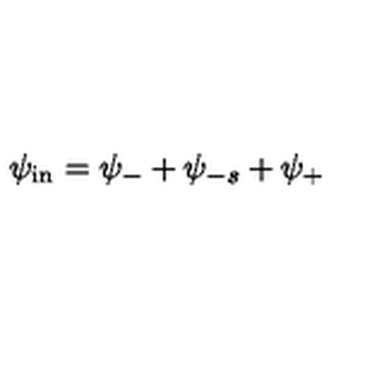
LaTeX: \psi _ { \mathrm { i n } } = \psi _ { - } + \psi _ { - s } + \psi _ { + }